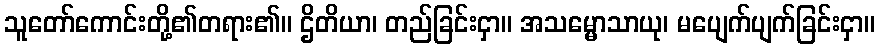
သူတော်ကောင်းတို့၏တရား၏။ ဌိတိယာ၊ တည်ခြင်းငှာ။ အသမ္မောသာယု၊ မပျေက်ပျက်ခြင်းငှာ။